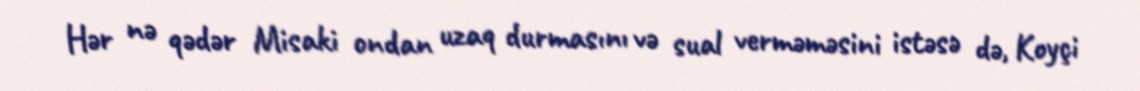
Hər nə qədər Misaki ondan uzaq durmasını və sual verməməsini istəsə də, Koyçi